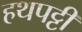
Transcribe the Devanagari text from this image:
हथपट्टी